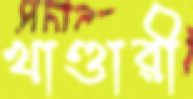
খাণ্ডারী